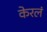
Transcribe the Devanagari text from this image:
केरलं